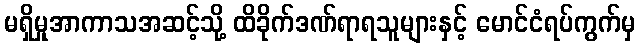
မရှိမှုအာကာသအဆင့်သို့ ထိခိုက်ဒဏ်ရာရသူများနှင့် မောင်ငံရပ်ကွက်မှ